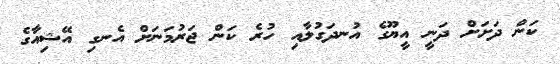
ކަން ދަށަށް ދަނީ އީޔޫގެ އުނދަގުލާއި ހުރެ ކަން ޖަރުމަނަށް އެނގި އޭޝިއާގެ